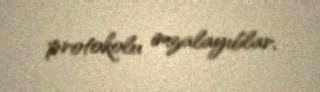
protokolu imzalayıblar.